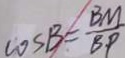
\cos B = \frac { B M } { B P }